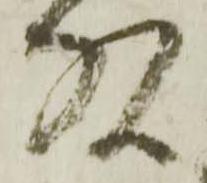
頭